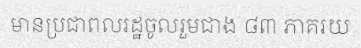
មានប្រជាពលរដ្ឋចូលរួមជាង ៨៣ ភាគរយ